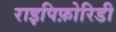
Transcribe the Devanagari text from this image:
राइपिफ़ोरिडी